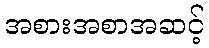
အစားအစာအဆင့်